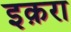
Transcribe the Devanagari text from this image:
इक़रा